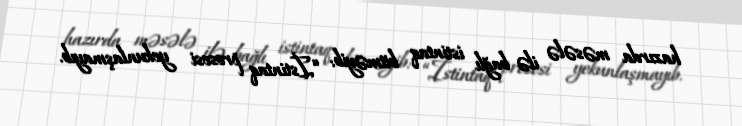
hazırda məsələ ilə bağlı istintaq bitməyib: “İstintaq prosesi yekunlaşmayıb.